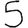
Digit: 5